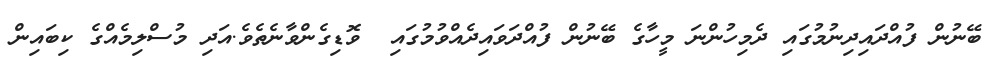
ބޭނުން ފުއްދައިދިނުމުގައި ދެމިހުންނަ މީހާގެ ބޭނުން ފުއްދަވައިދެއްވުމުގައި  ވޮޑިގެންވާނެތެވެ.އަދި މުސްލިމެއްގެ ކިބައިން